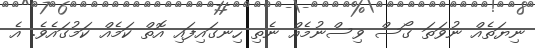
ނިޔަތެއް ނުވަތަ ގޯސް ވިސްނުމެއް ނެތި ހިނގައިފައި އޮތް ކަމެއް ކަމުގައެވެ. އެ